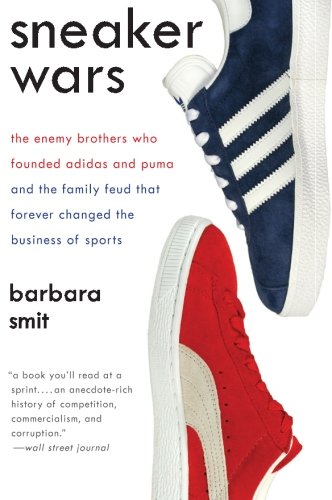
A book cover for Sneaker Wars: The Enemy Brothers Who Founded Adidas and Puma and the Family Feud That Forever Changed the Business of Sports; Barbara Smit; Business & Money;